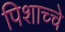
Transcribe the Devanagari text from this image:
पिशाच्चे